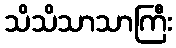
သိသိသာသာကြီး